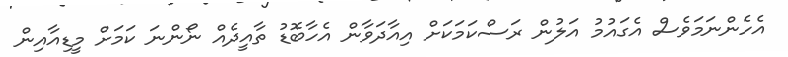
އެހެންނަމަވެސް އެގައުމު އަލުން ރަސްކަމަކަށް އިއާދަވާން އެހާބޮޑު ތާއީދެއް ނޯންނަ ކަމަށް މީޑިއާއިން